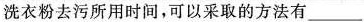
洗衣粉去污所用时间，可以采取的方法有___